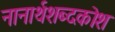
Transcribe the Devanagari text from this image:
नानार्थशब्दकोश